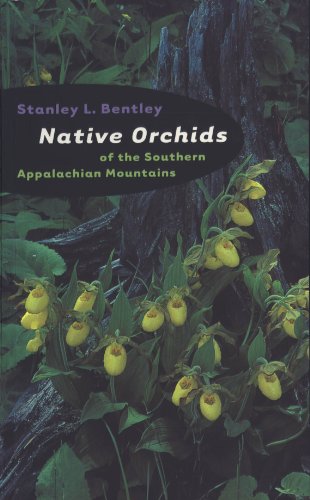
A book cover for Native Orchids of the Southern Appalachian Mountains; Stanley L. Bentley; Travel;